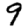
Digit: 9